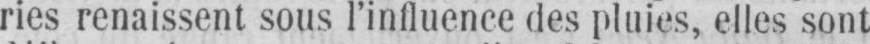
ries renaissent sous l’influence des pluies, elles sont